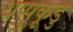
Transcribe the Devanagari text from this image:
थप्पुकूडु